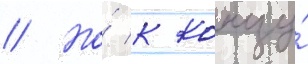
// Но́ к концу́